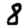
Digit: 8